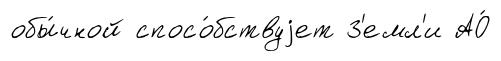
обы́чной спосо́бствуjет З'емл'и АО́